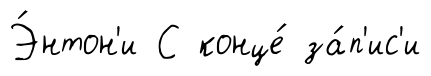
Э́нтон'и С конце́ за́п'ис'и